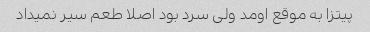
پیتزا به موقع اومد ولی سرد بود اصلا طعم سیر نمیداد